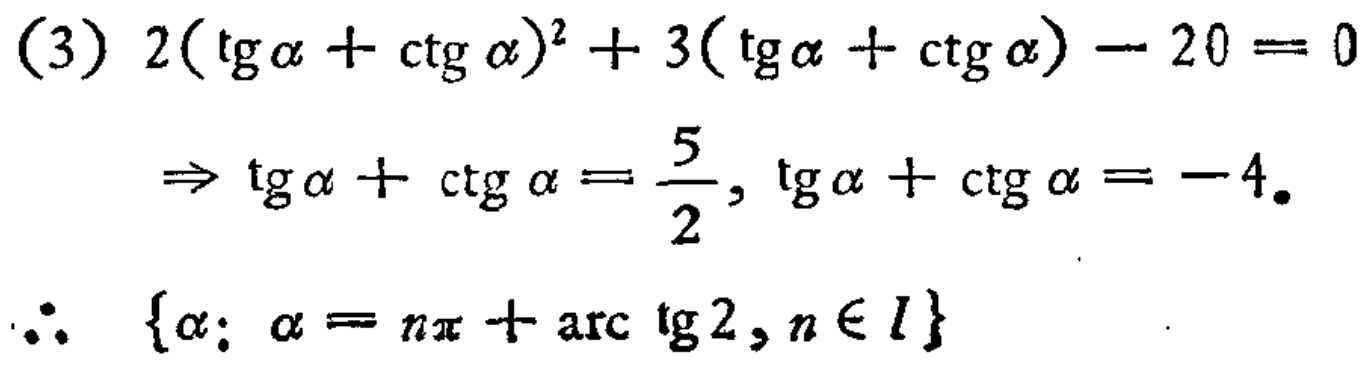
(3) \(2(\tg\alpha+\ctg\alpha)^2 + 3(\tg\alpha+\ctg\alpha)-20 = 0\)
\(\Rightarrow \tg\alpha+\ctg\alpha=\frac{5}{2},\tg\alpha+\ctg\alpha=-4\)。
\(\therefore \{\alpha:\alpha = n\pi+\text{arc}\tg2,n\in I\}\)